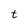
Character: t